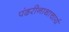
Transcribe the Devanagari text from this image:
पंढरीनाथाचार्य